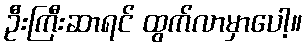
ဦးကြီးဆာရင် ထွက်လာမှာပေါ့။